Civil Veterinary Department. Madras. Admin. report 1926-33 - 1926-1933
Year: 1926
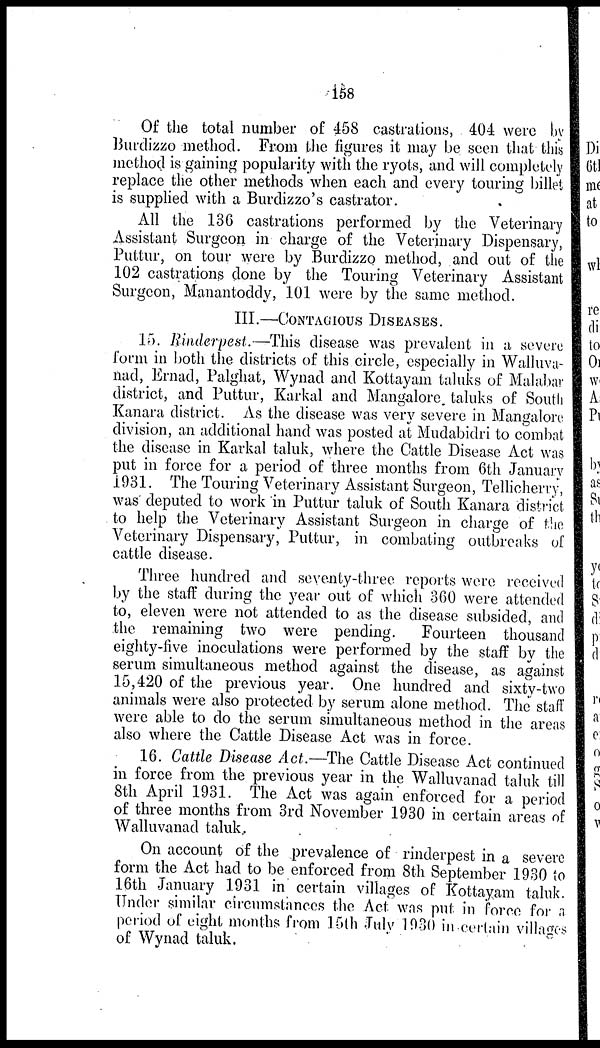
158
Of the total number of 458 castrations, 404 were by
Burdizzo method. From the figures it may be seen that this
method is gaining popularity with the ryots, and will completely
replace the other methods when each and every touring billet
is supplied with a Burdizzo's castrator.
All the 136 castrations performed by the Veterinary
Assistant Surgeon in charge of the Veterinary Dispensary,
Puttur, on tour were by Burdizzo method, and out of the
102 castrations done by the Touring Veterinary Assistant
Surgeon, Manantoddy, 101 were by the same method.
III.—CONTAGIOUS DISEASES.
15. Rinderpest.—This disease was prevalent in a severe
form in both the districts of this circle, especially in Walluva-
nad, Ernad, Palghat, Wynad and Kottayam taluks of Malabar
district, and Puttur, Karkal and Mangalore. taluks of South
Kanara district. As the disease was very severe in Mangalore
division, an additional hand was posted at Mudabidri to combat
the disease in Karkal taluk, where the Cattle Disease Act was
put in force for a period of three months from 6th January
1931. The Touring Veterinary Assistant Surgeon, Tellicherry,
was deputed to work in Puttur taluk of South Kanara district
to help the Veterinary Assistant Surgeon in charge of the
Veterinary Dispensary, Puttur, in combating outbreaks of
cattle disease.
Three hundred and seventy-three reports were received
by the staff during the year out of which 360 were attended
to, eleven were not attended to as the disease subsided, and
the remaining two were pending.
Fourteen thousand
eighty-five inoculations were performed by the staff by the
serum simultaneous method against the disease, as against
15,420 of the previous year. One hundred and sixty-two
animals were also protected by serum alone method. The staff
were able to do the serum simultaneous method in the areas
also where the Cattle Disease Act was in force.
16. Cattle Disease Act.—The Cattle Disease Act continued
in force from the previous year in the Walluvanad taluk till
8th April 1931. The Act was again enforced for a period
of three months from 3rd November 1930 in certain areas of
Walluvanad taluk.
On account of the prevalence of rinderpest in a severe
form the Act had to be enforced from 8th September 1930 to
16th January 1931 in certain villages of Kottayam taluk.
Under similar circumstances the Act was put in force for a
period of eight months from 15th July 1930 in certain villages
of Wynad taluk.